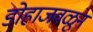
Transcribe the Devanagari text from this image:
डोहाजवळून